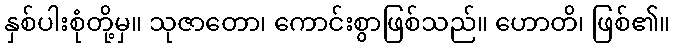
နှစ်ပါးစုံတို့မှ။ သုဇာတော၊ ကောင်းစွာဖြစ်သည်။ ဟောတိ၊ ဖြစ်၏။